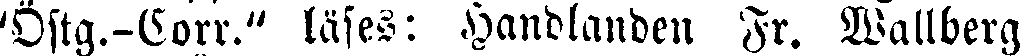
"Östg.-Corr." läses: Handlanden Fr. Wallberg